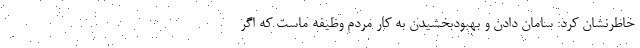
خاطرنشان کرد: سامان دادن و بهبودبخشیدن به کار مردم وظیفه ماست که اگر